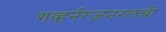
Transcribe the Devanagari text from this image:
गव्हर्नरजनरलची